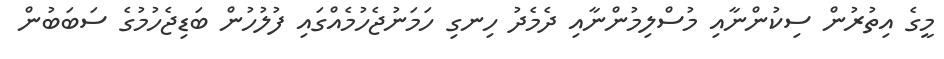
މީގެ އިތުރުން ސިކުންނާއި މުސްލިމުންނާއި ދެމެދު ހިނގި ހަމަނުޖެހުމެއްގައި ފުލުހުން ބަޑިޖެހުމުގެ ސަބަބުން